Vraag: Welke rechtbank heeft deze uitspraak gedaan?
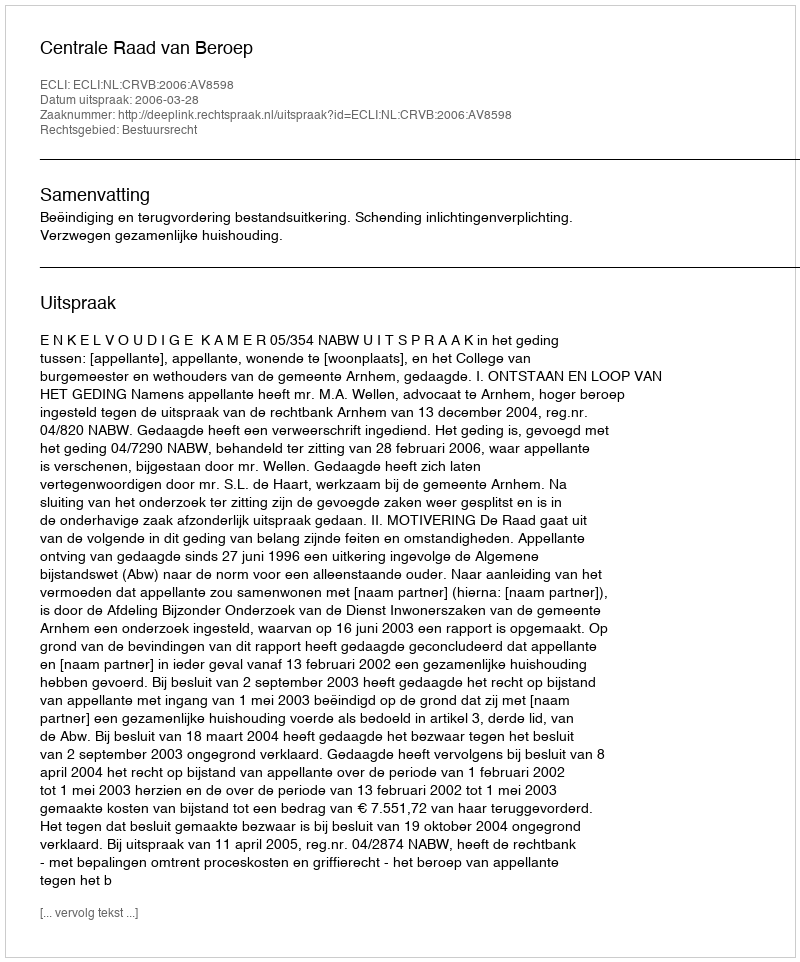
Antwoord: Centrale Raad van Beroep